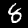
Label: 8